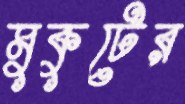
মুকুটের